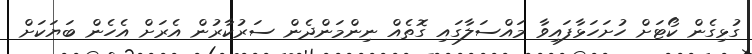
ގުޅިގެން ކޯޓަށް ހުށަހަޅާފައިވާ މައްސަލާގައި ގޮތެއް ނިންމަންދެން ސަރުކާރުން އެރަށް އެހެން ބަޔަކަށް